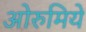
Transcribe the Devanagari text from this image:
ओरुमिये